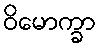
ဝိမောက္ခာ